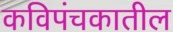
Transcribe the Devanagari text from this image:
कविपंचकातील